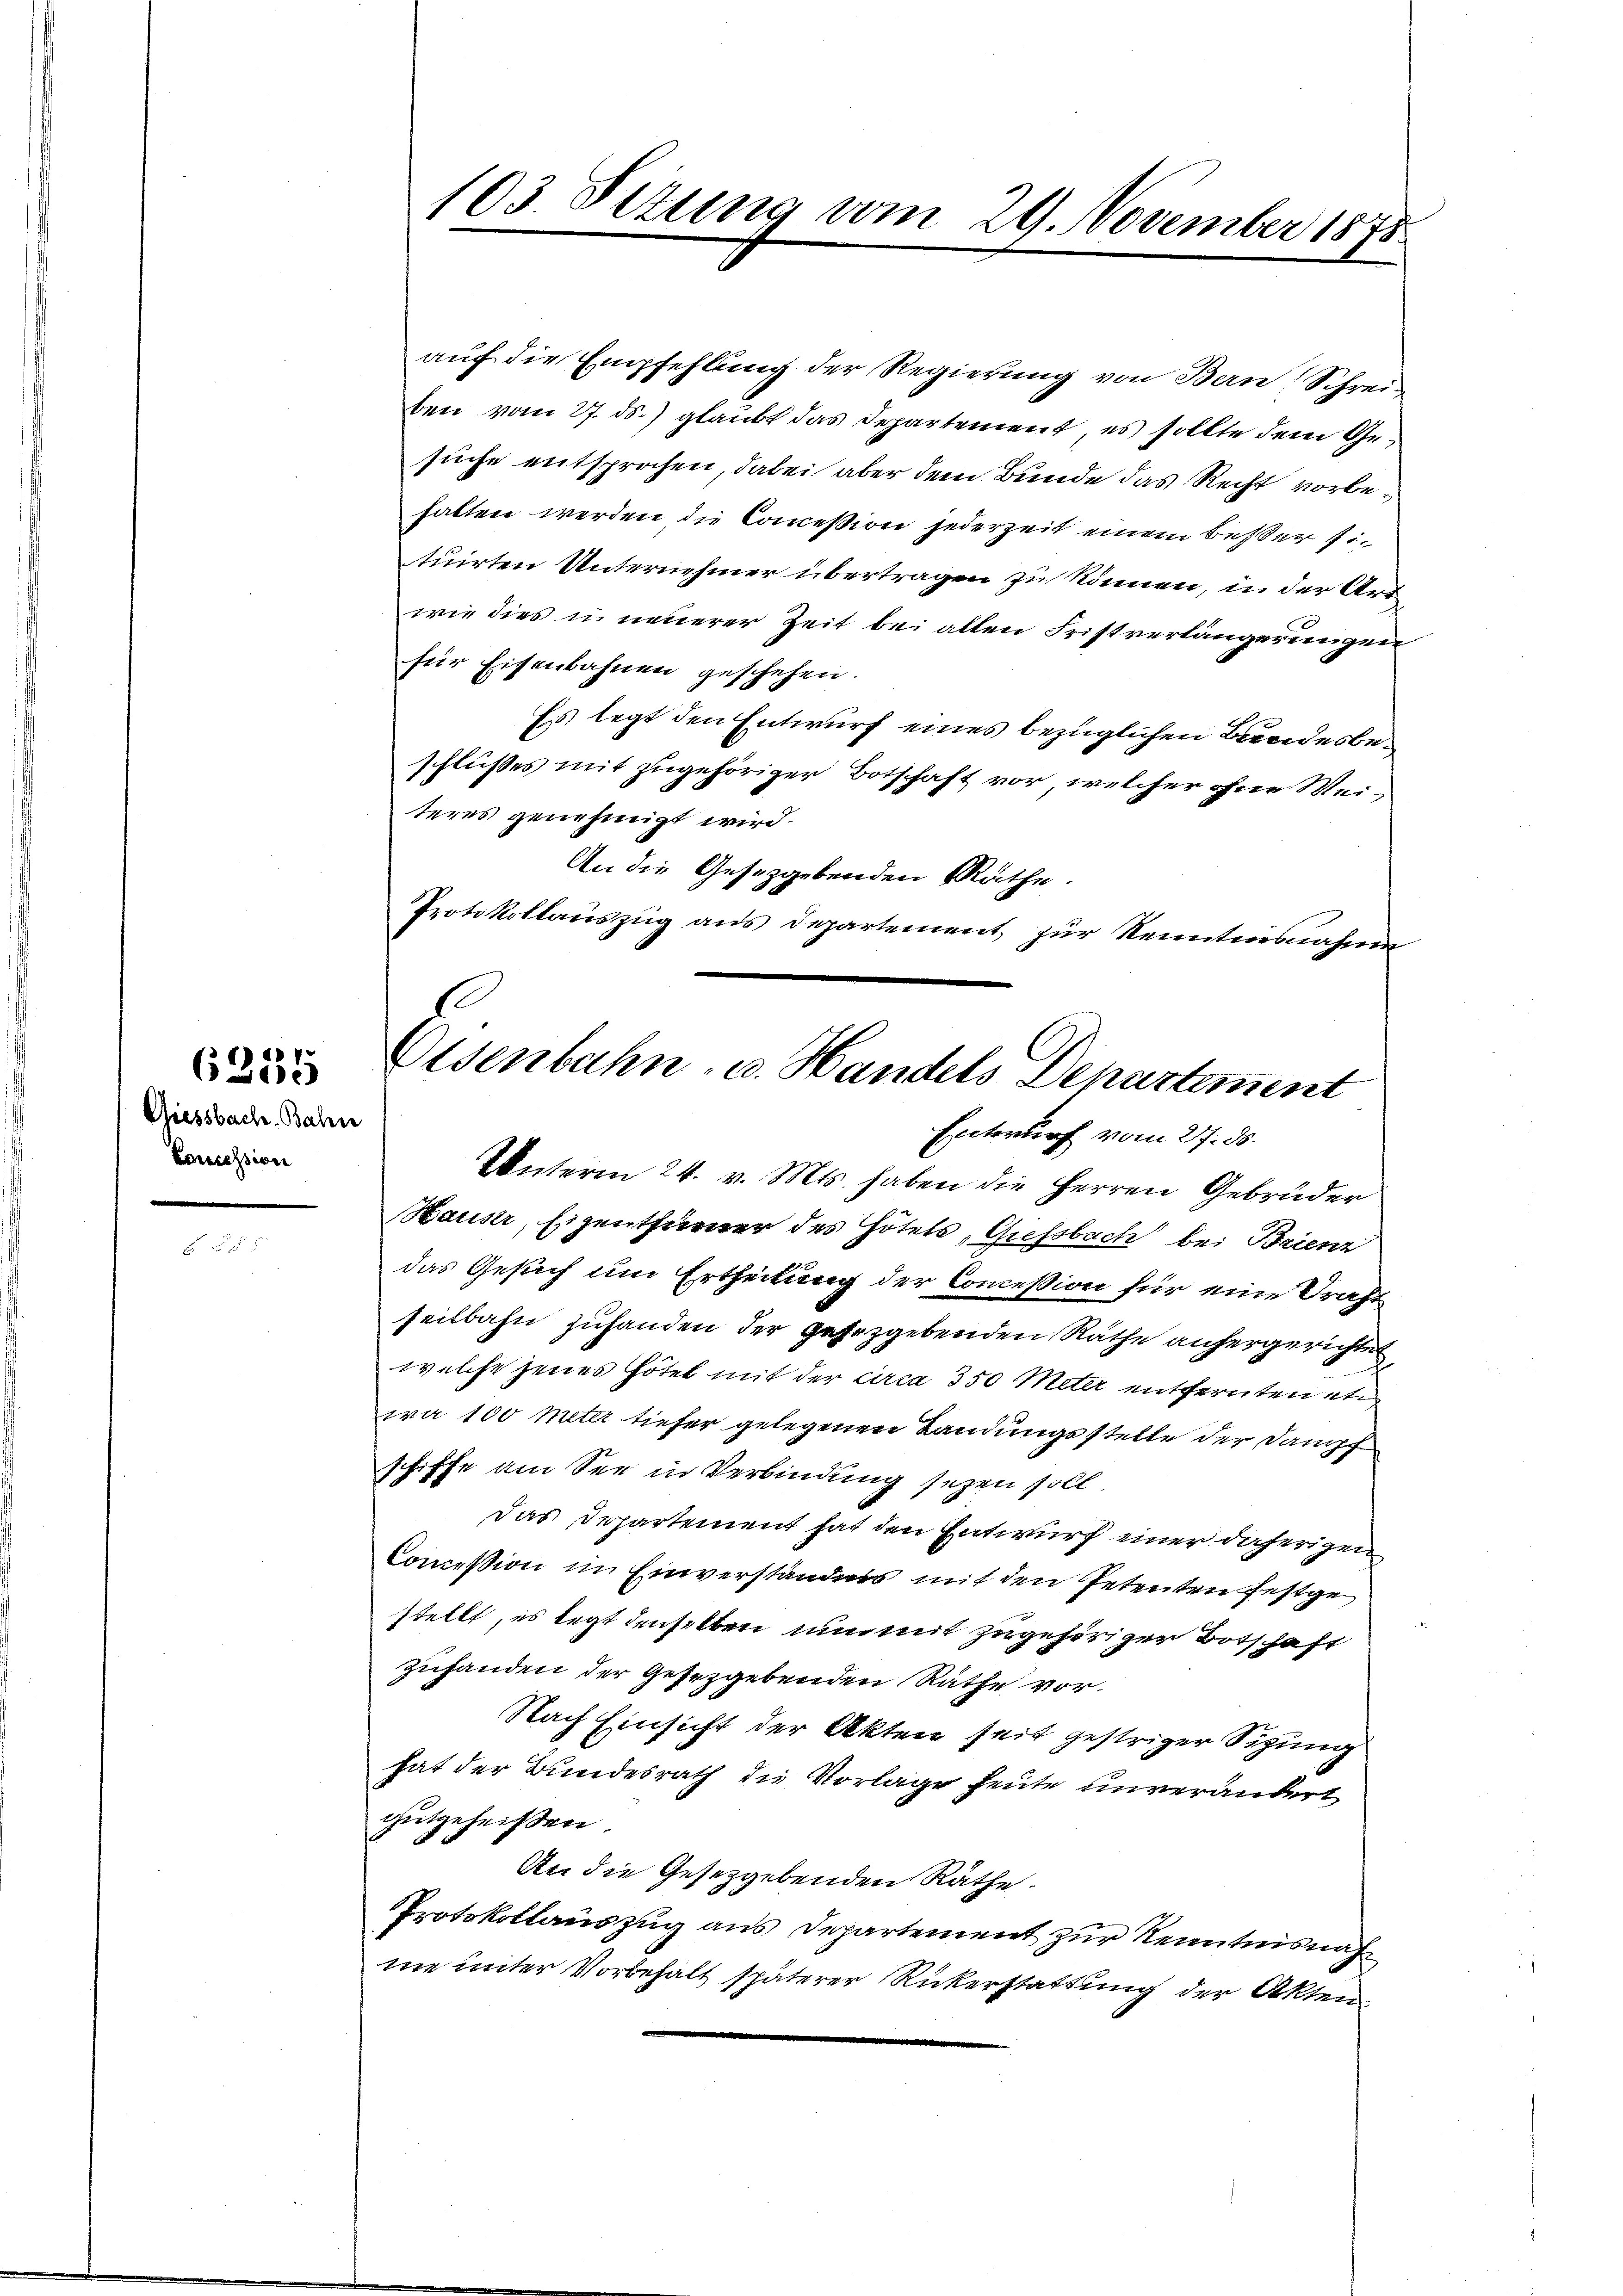
Giessbach Bahn
Comission

6335

103. Petung vom 29. November 1875

auf die Empfehlung der Regierung von Bern Schrei
ben vom 27. ds. glaubt das Departement es sollte dem Gesuche entsprochen, dabei aber dem Bunde das Recht vorbehalten werden die Concession jederzeit einem besser situirten Unternehmer übertragen zu können, in der Art
wie dies in neuerer Zeit bei allen Fristverlängerungen
für Eisenbahnen geschehen.
Es legt den Entwurf eines bezüglichen Bundesbeschlußes mit zugehöriger Botschaft vor, welcher ohne Weiteres genehmigt wird.
An die Gesetzgebenden Räthe.
Protokollauszug aus Departement zur Kenntensnahme
Entwurf vom 27. ds.
Unterm 24. v. Mts. haben die Herren Gebrüder
Hauser, Eigenthurner des Hotels, Giessbach bei Brienz
das Gesuch um Ertheilung der Concession für eine Draht
seilbahn zuhanden der gesetzgebenden Rathe anhergerichtet
welche jenes Hotel mit der circa 350 Meter entfernten etw
wa 100 Meter tiefer gelegenen Landungsstelle der Dampf
schiffe am See in Verbindung seyen soll
Das Departement hat den Entwurf einer daherigen
Commißion im Einverständnis mit den Petenten festge
stellt, es legt denselben nimmt zugehöriger Botschaft
zuhanden der Gesetzgebenden Räthe vor.
Nach Einsicht der Akten seit gestriger Sigung
hat der Bundesrath die Vorlage heute unverändert
gutgeheißen.
An die Gesetzgebenden Räthe.
Protokollauszug aus Departement zur Kenntnisnah
me unter Vorbehalt späterer Rückerstattung der Akten

.
Eisenbahn- u. Handels Departement